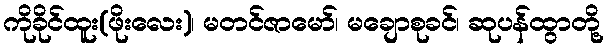
ကိုခိုင်ထူး(ဖိုးလေး)၊ မတင်ဇာမော်၊ မချောစုခင်၊ ဆုပန်ထွာတို့